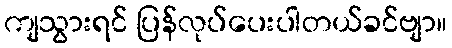
ကျသွားရင် ပြန်လုပ်ပေးပါတယ်ခင်ဗျာ။